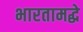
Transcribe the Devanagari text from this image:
भारतामद्धे